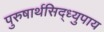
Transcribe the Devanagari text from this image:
पुरुषार्थसिद्ध्युपाय